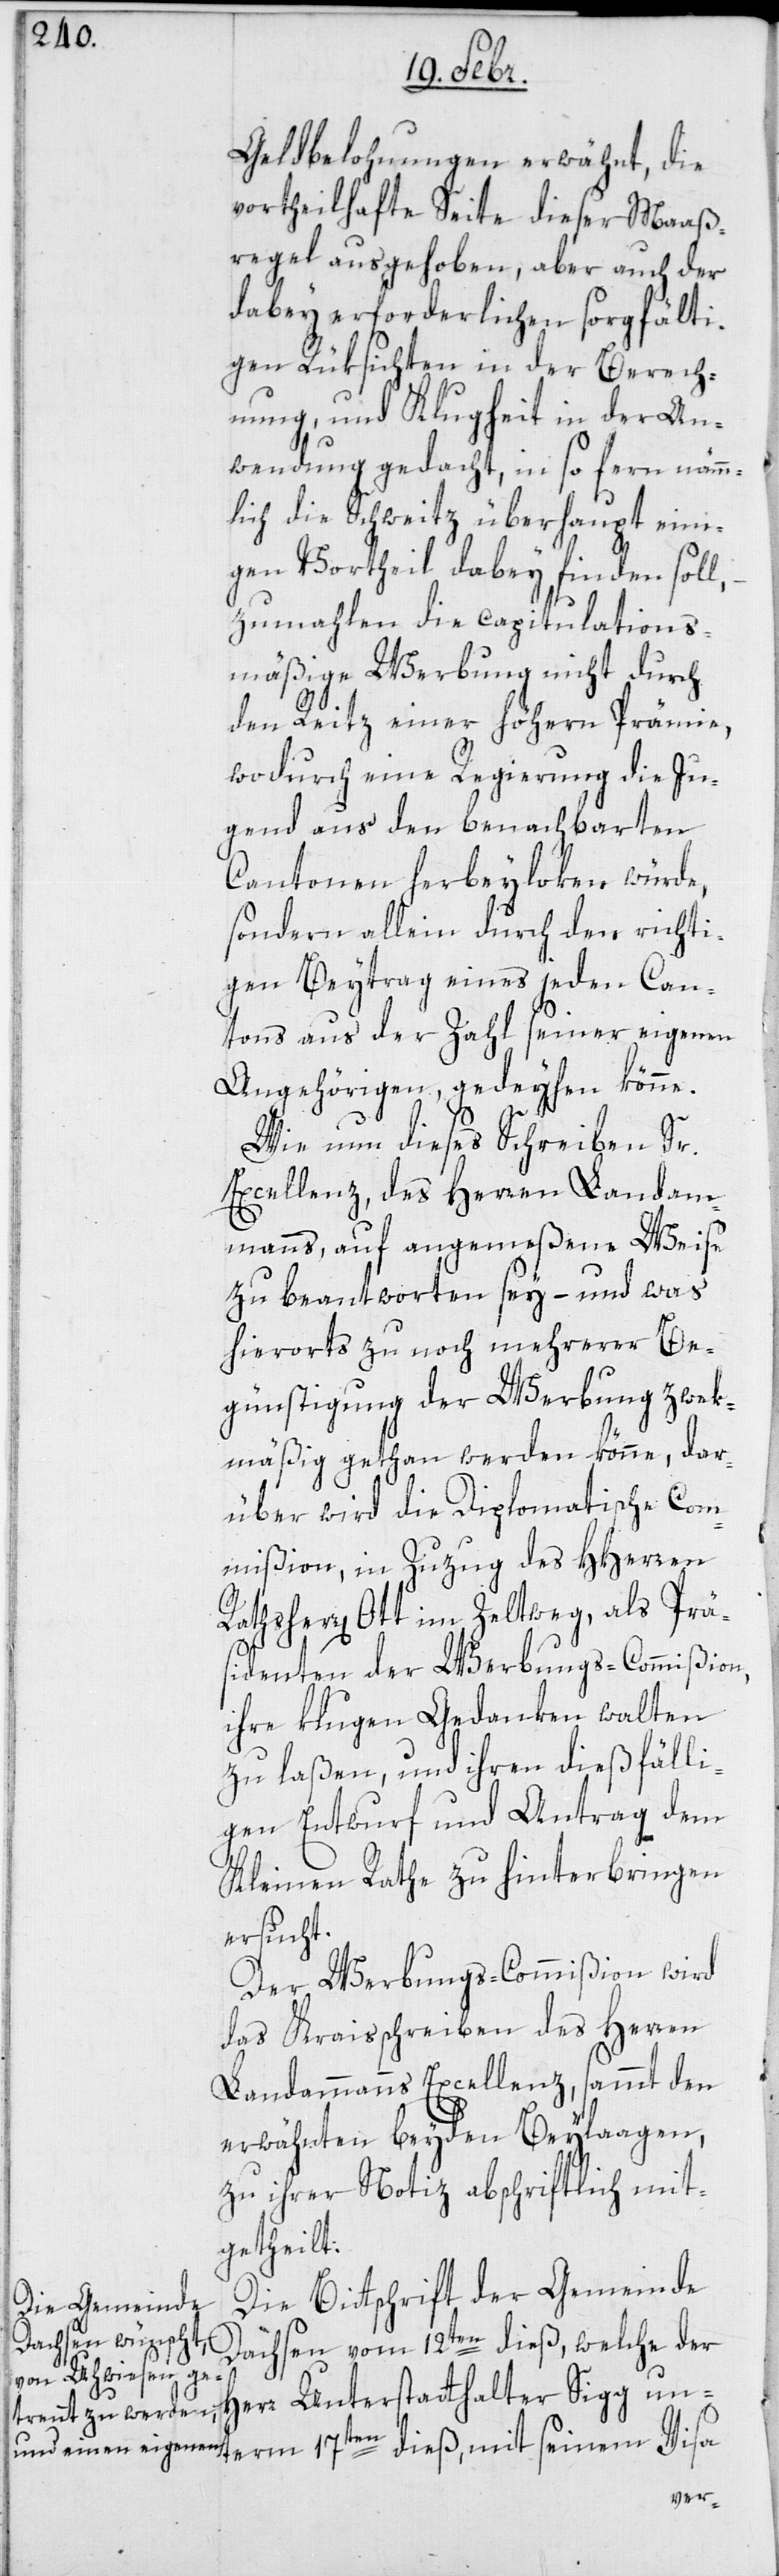
Geldbelohnung erwähnt, die
vortheilhafte Seite dieser Maaß¬
regel ausgehoben, aber auch der
dabei erforderlichen sorgfälti¬
gen Rüksichten in der Berech¬
nung und Klugheit in der An¬
wendung gedacht, in so ferne nämm¬
lich die Schweitz überhaupt eini¬
gen Vortheil dabey finden soll,
zumahlen die capitulations¬
mäßige Werbung nicht durch
den Reitz einer höhern Prämie,
wodurch eine Regierung die Ju¬
gend aus den benachbarten
Cantonen herbeiloken würde,
sondern allein durch den richti¬
gen Beytrag eines jeden Can¬
tons aus der Zahl seiner eigenen
Angehörigen, gedeihen könne.
Wie nun dieses Schreiben Sr
Excellenz des Herren Landam¬
manns, auf angemeßene Weise
zu beantworten sey, – und was
hierorts zu noch mehrerer Be¬
günstigung der Werbung zweck¬
mäßig gethan werden könne, dar¬
über wird die Diplomatische Com¬
mißion, in Zuzug des HHerren
Rathsherr Ott im Zeltweg, als Prä¬
sidenten der Werbungs-Commißion,
ihre klugen Gedanken walten
zu laßen, und ihren dießfälli¬
gen Entwurf und Antrag dem
Kleinen Rathe zu hinterbringen
ersucht.
Der Werbungscommißion wird
das Kreisschreiben des Herren
Landammanns Excellenz sammt den
erwähnten beyden Beilagen,
zu ihrer Notiz abschriftlich mit¬
getheilt.
Die Bittschrift der Gemeinde
17ten
Dachsen vom 12ten dieß, welche der
Herr Unterstatthalter Sigg un¬